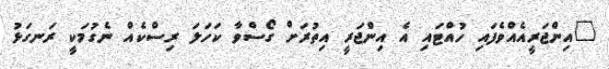
"އިންޖަރީއެއްވެފައި ހުއްޓައި އެ އިންޖަރީ އިތުރަށް ގޯސްވާ ކަހަލަ ރިސްކެއް ނެގުމަކީ ރަނގަޅު